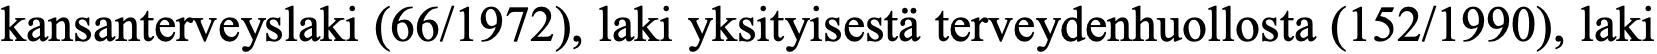
kansanterveyslaki (66/1972), laki yksityisestä terveydenhuollosta (152/1990), laki